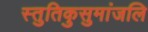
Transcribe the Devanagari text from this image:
स्तुतिकुसुमांजलि